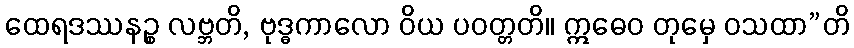
ထေရဒဿနဉ္စ လဗ္ဘတိ, ဗုဒ္ဓကာလော ဝိယ ပဝတ္တတိ။ ဣဓေဝ တုမှေ ဝသထာ”တိ